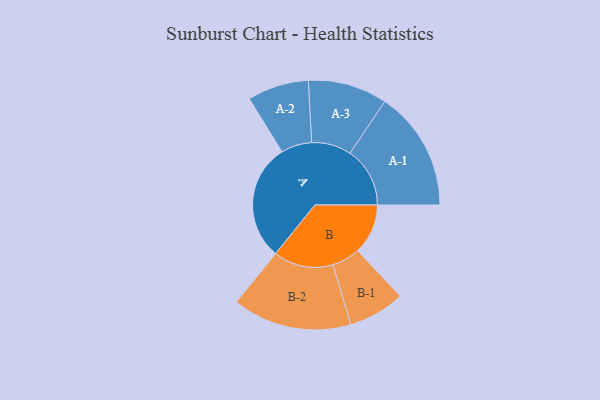
{"axis": {"x": "Segment", "y": "Value"}, "legend": ["", "A", "B"], "data": [{"x": "A", "y": 468, "type": ""}, {"x": "B", "y": 201, "type": ""}, {"x": "A-1", "y": 240, "type": "A"}, {"x": "A-2", "y": 123, "type": "A"}, {"x": "A-3", "y": 159, "type": "A"}, {"x": "B-1", "y": 113, "type": "B"}, {"x": "B-2", "y": 239, "type": "B"}]}